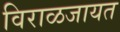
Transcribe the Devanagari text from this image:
विराळजायत